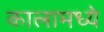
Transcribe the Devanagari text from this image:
कालामध्ये